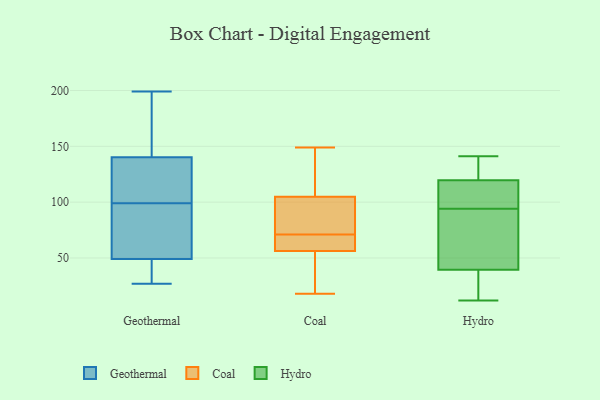
{"axis": {"x": "Production Output", "y": "Value"}, "legend": ["Coal", "Geothermal", "Hydro"], "data": [{"x": "", "y": 100, "type": "Geothermal"}, {"x": "", "y": 100, "type": "Geothermal"}, {"x": "", "y": 139, "type": "Geothermal"}, {"x": "", "y": 144, "type": "Geothermal"}, {"x": "", "y": 46, "type": "Geothermal"}, {"x": "", "y": 84, "type": "Geothermal"}, {"x": "", "y": 50, "type": "Geothermal"}, {"x": "", "y": 199, "type": "Geothermal"}, {"x": "", "y": 95, "type": "Geothermal"}, {"x": "", "y": 189, "type": "Geothermal"}, {"x": "", "y": 29, "type": "Geothermal"}, {"x": "", "y": 27, "type": "Geothermal"}, {"x": "", "y": 99, "type": "Geothermal"}, {"x": "", "y": 31, "type": "Coal"}, {"x": "", "y": 41, "type": "Coal"}, {"x": "", "y": 98, "type": "Coal"}, {"x": "", "y": 107, "type": "Coal"}, {"x": "", "y": 149, "type": "Coal"}, {"x": "", "y": 93, "type": "Coal"}, {"x": "", "y": 45, "type": "Coal"}, {"x": "", "y": 65, "type": "Coal"}, {"x": "", "y": 71, "type": "Coal"}, {"x": "", "y": 136, "type": "Coal"}, {"x": "", "y": 18, "type": "Coal"}, {"x": "", "y": 61, "type": "Coal"}, {"x": "", "y": 70, "type": "Coal"}, {"x": "", "y": 145, "type": "Coal"}, {"x": "", "y": 60, "type": "Coal"}, {"x": "", "y": 101, "type": "Coal"}, {"x": "", "y": 104, "type": "Coal"}, {"x": "", "y": 33, "type": "Hydro"}, {"x": "", "y": 115, "type": "Hydro"}, {"x": "", "y": 12, "type": "Hydro"}, {"x": "", "y": 135, "type": "Hydro"}, {"x": "", "y": 124, "type": "Hydro"}, {"x": "", "y": 20, "type": "Hydro"}, {"x": "", "y": 141, "type": "Hydro"}, {"x": "", "y": 100, "type": "Hydro"}, {"x": "", "y": 82, "type": "Hydro"}, {"x": "", "y": 46, "type": "Hydro"}, {"x": "", "y": 98, "type": "Hydro"}, {"x": "", "y": 90, "type": "Hydro"}]}